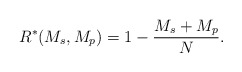
\begin{align*} R^{*}(M_s,M_p)= 1-\frac{M_s+M_p}{N}.\end{align*}